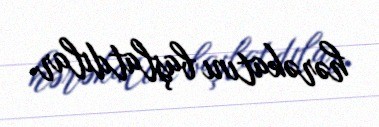
hərəkatını başlatdılar.